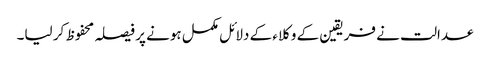
عدالت نے فریقین کے وکلاء کے دلائل مکمل ہونے پر فیصلہ محفوظ کر لیا۔